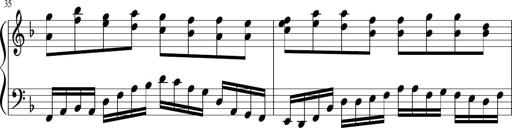
Title: Sonatina in F major
Composer: Ethan Ngo
Key: F major